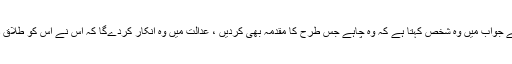
جس کے جواب میں وہ شخص کہتا ہے کہ وہ چاہے جس طرح کا مقدمہ بھی کردیں ، عدالت میں وہ انکار کردےگا کہ اس نے اس کو طلاق دی ہے۔